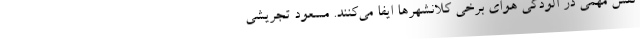
نقش مهمی در آلودگی هوای برخی کلانشهرها ایفا می‌کنند. مسعود تجریشی